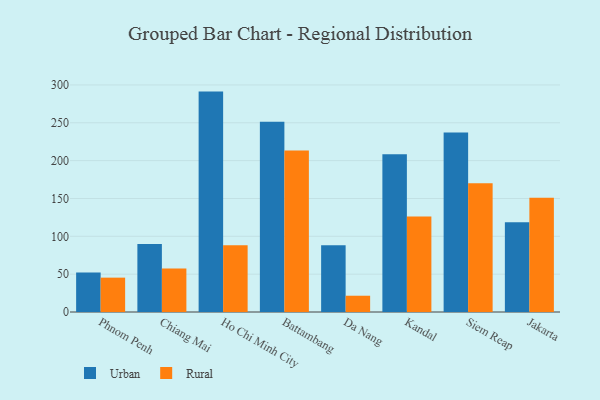
{"axis": {"x": "City", "y": "Waste Production (Tons)"}, "legend": ["Rural", "Urban"], "data": [{"x": "Phnom Penh", "y": 52.1, "type": "Urban"}, {"x": "Phnom Penh", "y": 45.4, "type": "Rural"}, {"x": "Chiang Mai", "y": 89.8, "type": "Urban"}, {"x": "Chiang Mai", "y": 57.4, "type": "Rural"}, {"x": "Ho Chi Minh City", "y": 291.2, "type": "Urban"}, {"x": "Ho Chi Minh City", "y": 88.3, "type": "Rural"}, {"x": "Battambang", "y": 251.4, "type": "Urban"}, {"x": "Battambang", "y": 213.4, "type": "Rural"}, {"x": "Da Nang", "y": 88.3, "type": "Urban"}, {"x": "Da Nang", "y": 21.5, "type": "Rural"}, {"x": "Kandal", "y": 208.4, "type": "Urban"}, {"x": "Kandal", "y": 126.3, "type": "Rural"}, {"x": "Siem Reap", "y": 237.2, "type": "Urban"}, {"x": "Siem Reap", "y": 170.0, "type": "Rural"}, {"x": "Jakarta", "y": 118.5, "type": "Urban"}, {"x": "Jakarta", "y": 150.8, "type": "Rural"}]}